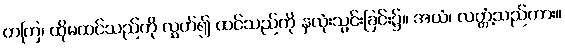
တကြ၊ ထိုမထင်သည်ကို လွှတ်၍ ထင်သည်ကို နှလုံးသွင်းခြင်း၌။ အယံ၊ လတ္တံ့သည်ကား။